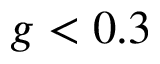
g < 0 . 3